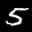
Label: 5